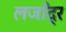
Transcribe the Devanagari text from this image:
लजाँद्र